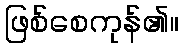
ဖြစ်စေကုန်၏။